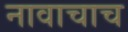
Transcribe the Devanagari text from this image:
नावाचाच